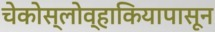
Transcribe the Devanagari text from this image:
चेकोस्लोव्हाकियापासून